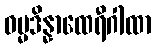
ဓမ္မဒိန္နာထေရီဂါထာ